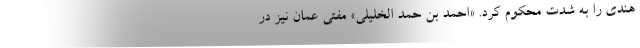
هندی را به شدت محکوم کرد. «احمد بن حمد الخلیلی» مفتی عمان نیز در